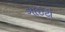
ગાઇટી